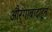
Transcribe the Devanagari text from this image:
औरंगाबादाहून